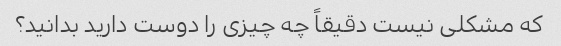
که مشکلی نیست دقیقاً چه چیزی را دوست دارید بدانید؟